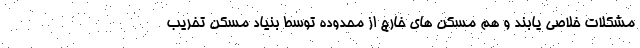
مشکلات خلاصی یابند و هم مسکن های خارج از محدوده توسط بنیاد مسکن تخریب